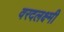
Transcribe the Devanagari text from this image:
वरदलक्ष्मी